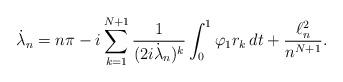
LaTeX: \begin{align*}\dot\lambda_n= n\pi -i\sum_{k=1}^{N+1}\frac{1}{(2i\dot\lambda_n)^k}\int_0^1 \varphi_1r_k\,dt+ \frac{\ell^2_n}{n^{N+1}}.\end{align*}